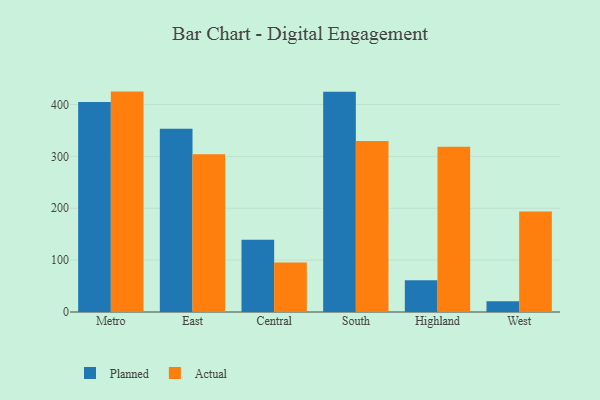
{"axis": {"x": "Region", "y": "Tickets Resolved"}, "legend": ["Actual", "Planned"], "data": [{"x": "Metro", "y": 404.8, "type": "Planned"}, {"x": "Metro", "y": 424.9, "type": "Actual"}, {"x": "East", "y": 353.4, "type": "Planned"}, {"x": "East", "y": 304.0, "type": "Actual"}, {"x": "Central", "y": 139.3, "type": "Planned"}, {"x": "Central", "y": 95.5, "type": "Actual"}, {"x": "South", "y": 424.4, "type": "Planned"}, {"x": "South", "y": 329.6, "type": "Actual"}, {"x": "Highland", "y": 61.4, "type": "Planned"}, {"x": "Highland", "y": 318.8, "type": "Actual"}, {"x": "West", "y": 20.6, "type": "Planned"}, {"x": "West", "y": 193.9, "type": "Actual"}]}